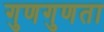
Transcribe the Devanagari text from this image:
गुणगुणता